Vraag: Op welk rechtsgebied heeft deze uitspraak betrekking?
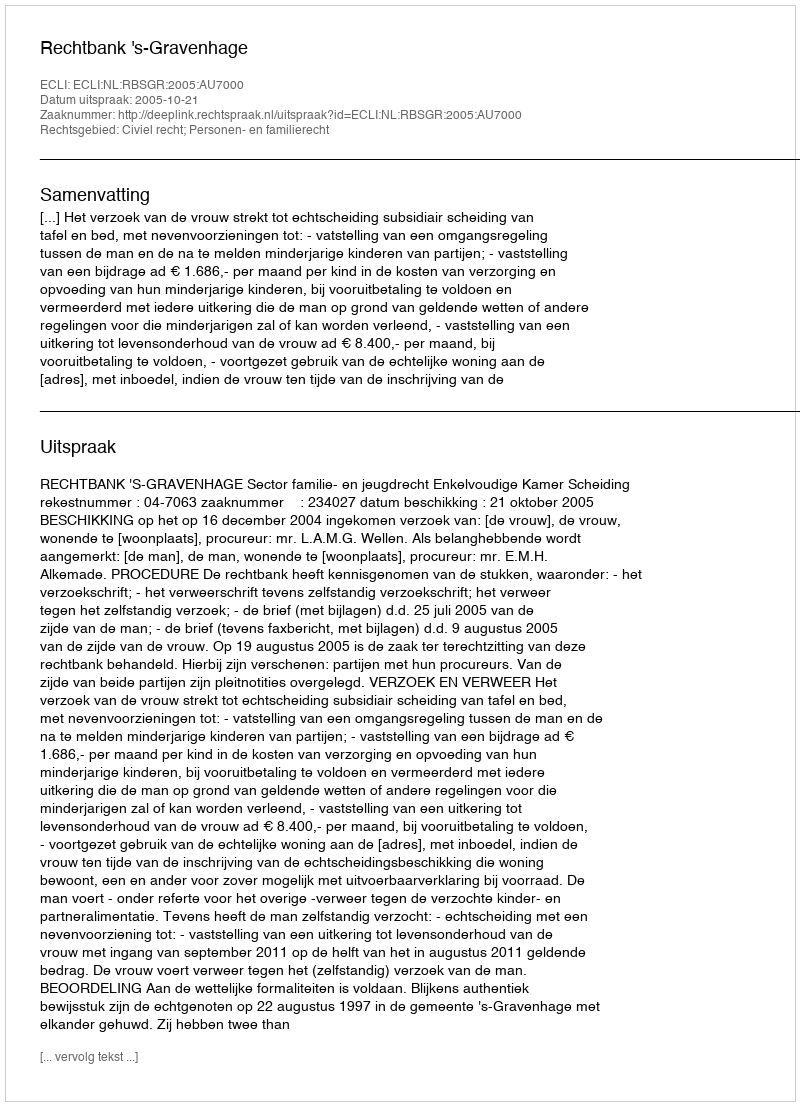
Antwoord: Civiel recht; Personen- en familierecht